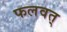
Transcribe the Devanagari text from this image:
फलवत्